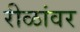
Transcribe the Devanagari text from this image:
रीळांवर